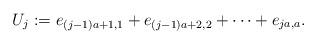
LaTeX: \begin{align*}U_j:= e_{(j-1)a+1,1}+e_{(j-1)a+2, 2} + \cdots + e_{ja,a}.\end{align*}